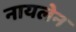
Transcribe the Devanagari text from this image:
नायलेन